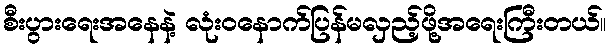
စီးပွားရေးအနေနဲ့ လုံးဝနောက်ပြန်မလှည့်ဖို့အရေးကြီးတယ်။